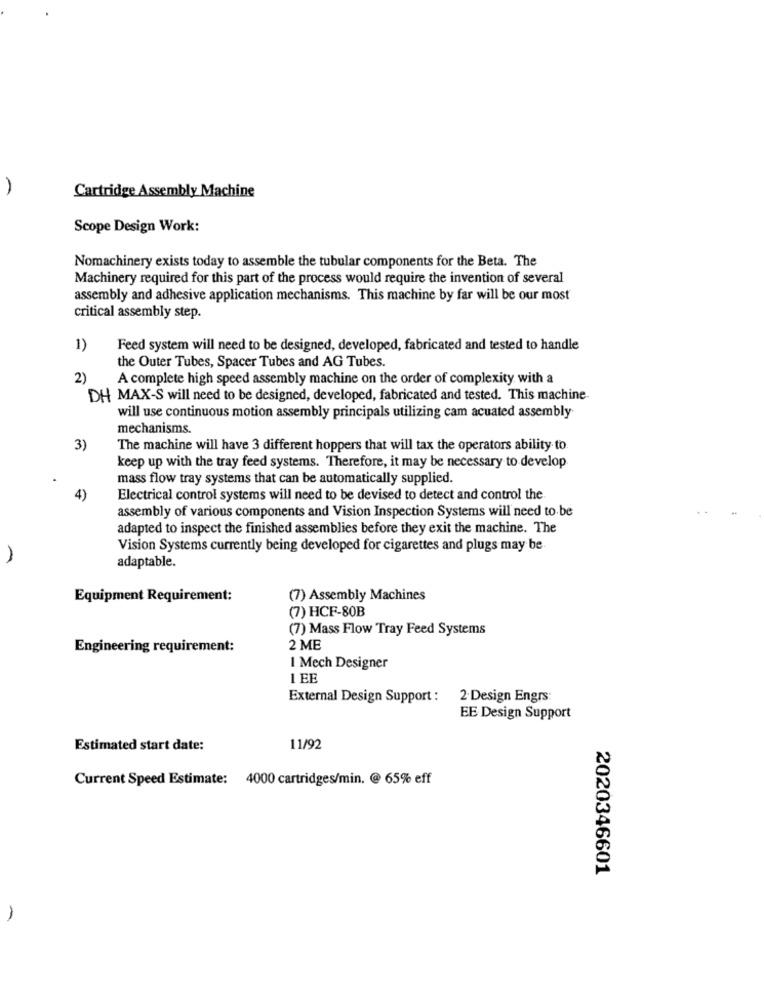
Cartridge Assembly Machine
Scope Design Work:
Nomachinery exists today to assemble the tubular components for the Beta. The
Machinery required for this part of the process would require the invention of several
assembly and adhesive application mechanisms. This machine by far will be our most
critical assembly step.
1)
Feed system will need to be designed, developed, fabricated and tested to handle
the Outer Tubes, Spacer Tubes and AG Tubes.
2)
A complete high speed assembly machine on the order of complexity with a
DH MAX-S will need to be designed, developed, fabricated and tested. This machine
will use continuous motion assembly principals utilizing cam acuated assembly
mechanisms.
3)
The machine will have 3 different hoppers that will tax the operators ability to.
keep up with the tray feed systems. Therefore, it may be necessary to develop
mass flow tray systems that can be automatically supplied.
4)
Electrical control systems will need to be devised to detect and control the
assembly of various components and Vision Inspection Systems will need to be
adapted to inspect the finished assemblies before they exit the machine. The
Vision Systems currently being developed for cigarettes and plugs may be
adaptable.
Equipment Requirement:
(7) Assembly Machines
(7) HCF-80B
(7) Mass Flow Tray Feed Systems
Engineering requirement:
2 ME
I Mech Designer
LEE
External Design Support : 2-Design Engrs:
EE Design Support
Estimated start date:
11/92
Current Speed Estimate: 4000 cartridges/min. @ 65% eff
2020346601